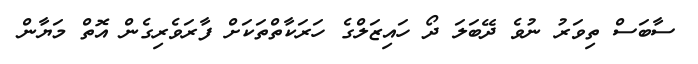
ސާބަސް ތިވަރު ނުވެ ދޭބަލަ ދޯ ހައިޒަލްގެ ހަރަކާތްތަކަށް ފާރަވެރިގެން އޮތް މަޔާން